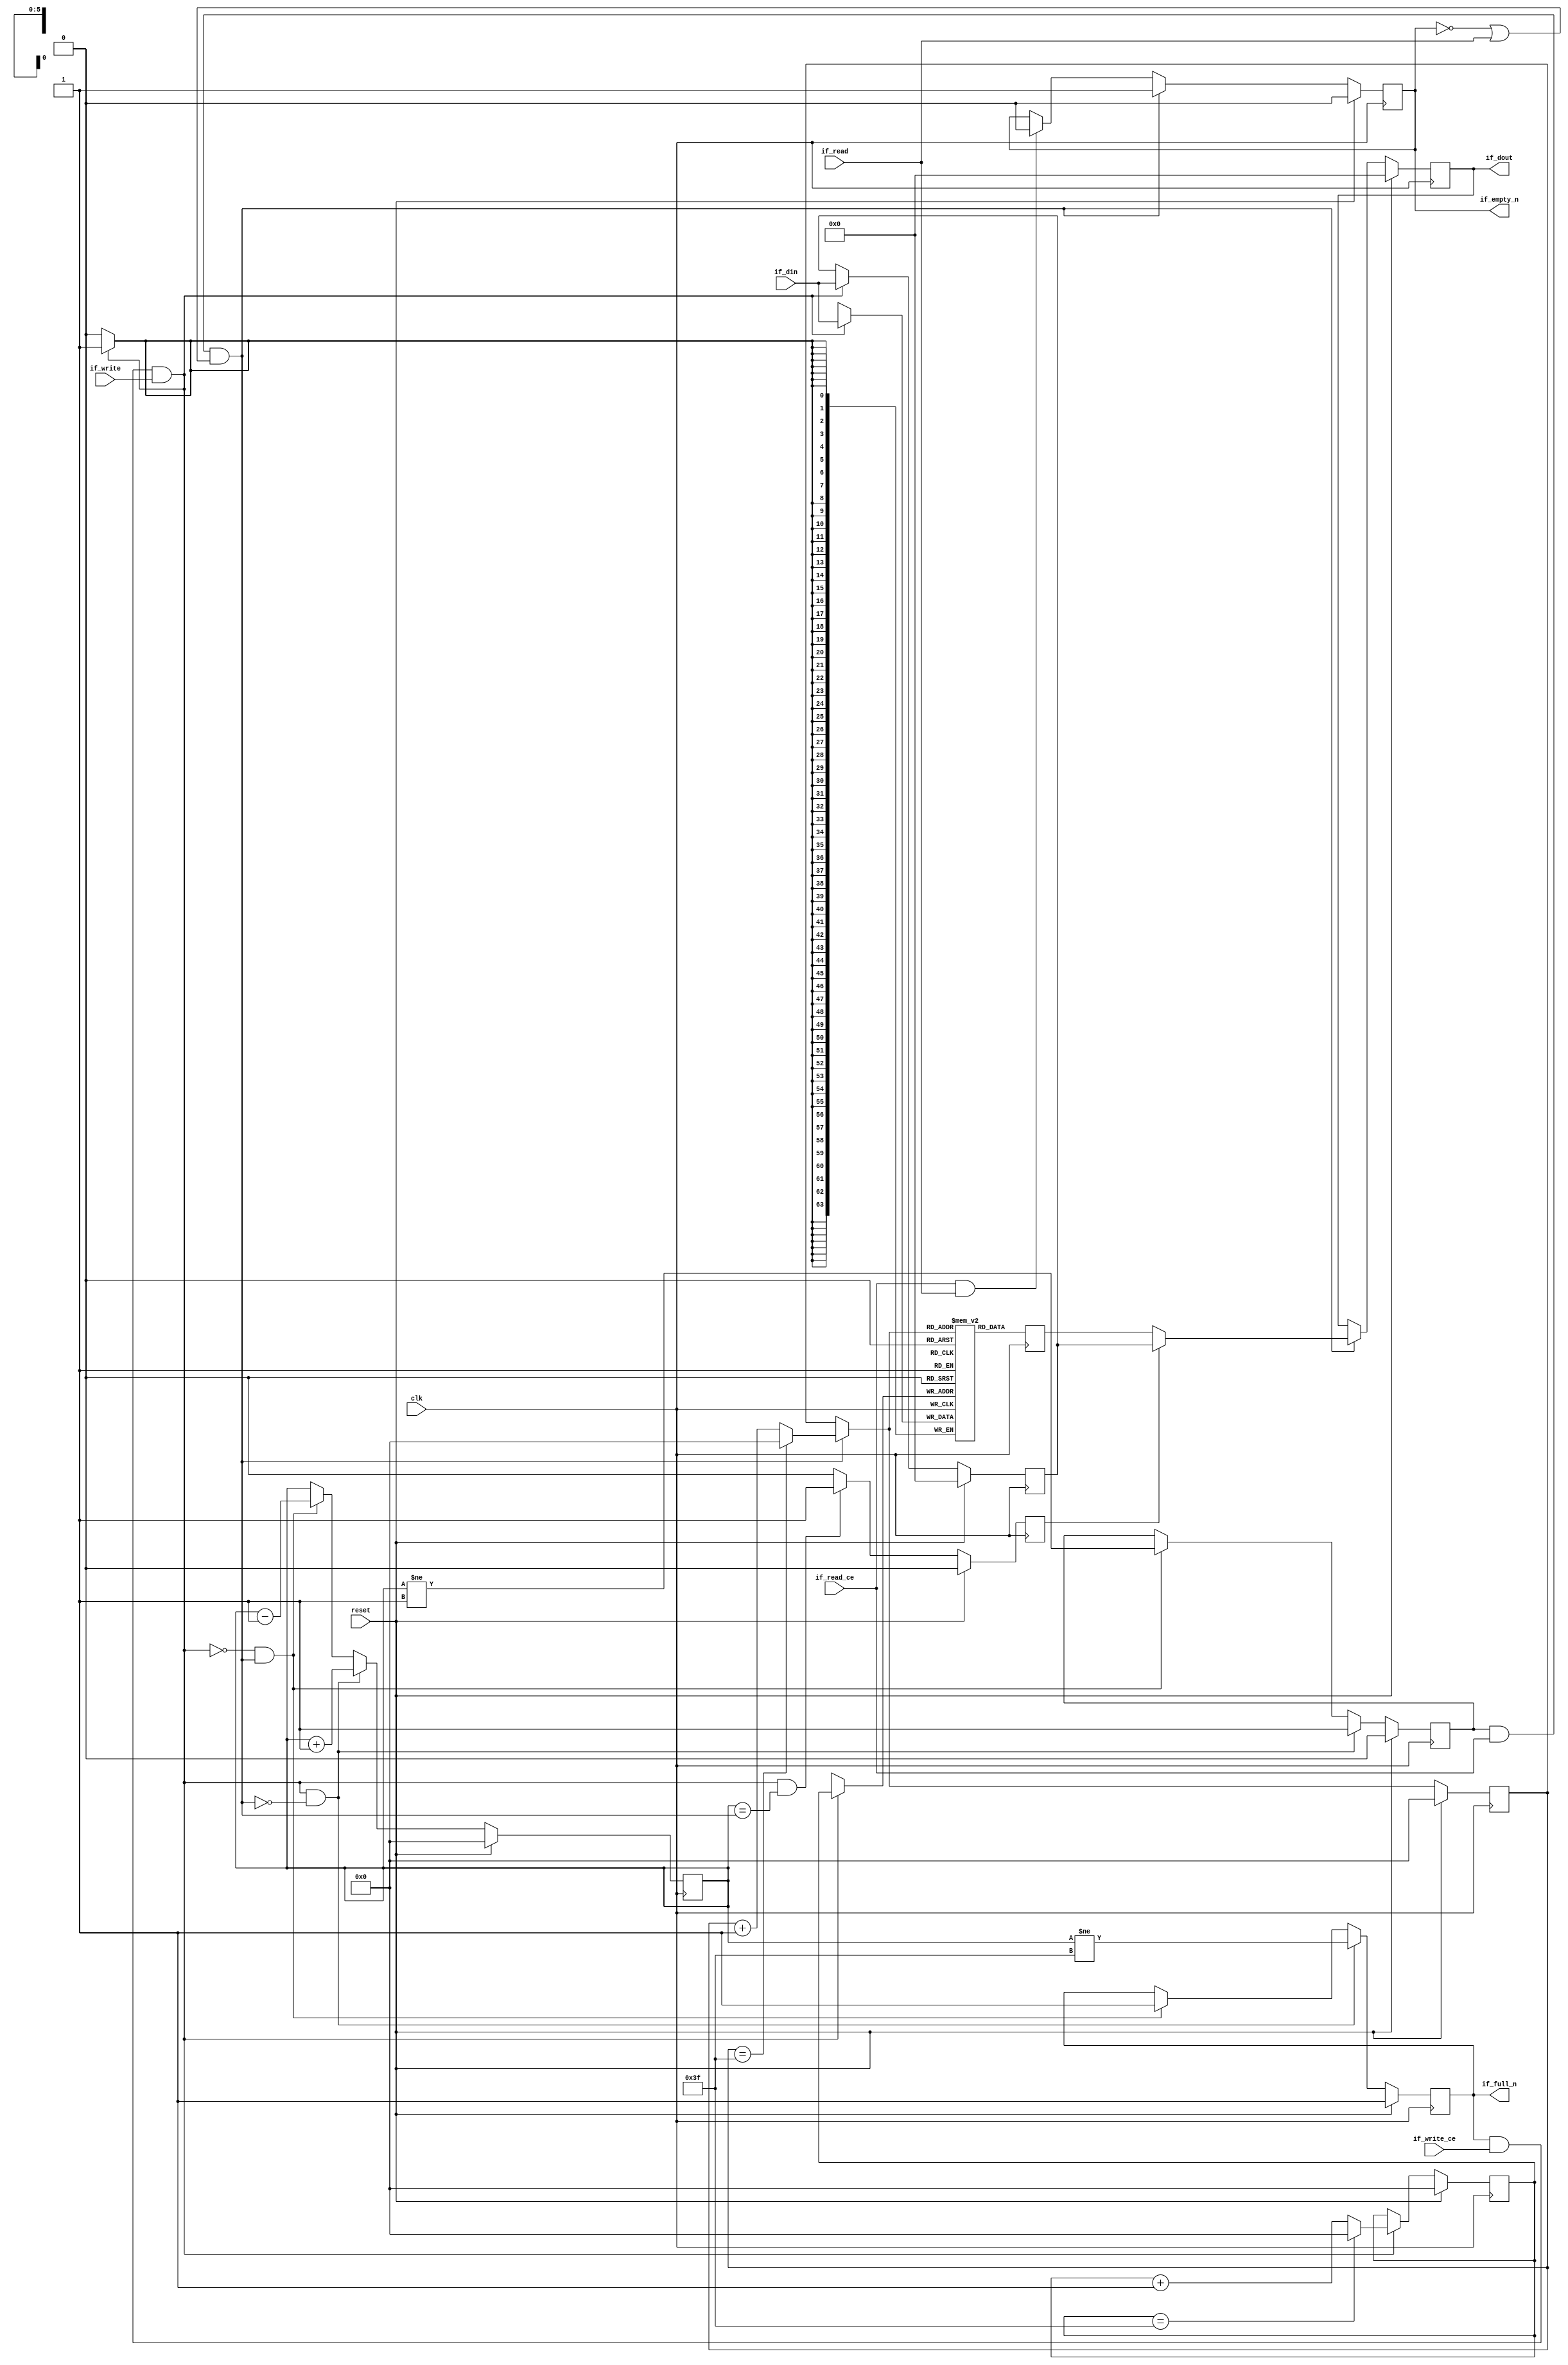
// ==============================================================
// File generated by Vivado(TM) HLS - High-Level Synthesis from C, C++ and SystemC
// Version: 2017.4.op
// Copyright (C) 1986-2018 Xilinx, Inc. All Rights Reserved.
// 
// ==============================================================


`timescale 1ns/1ps

module fifo_w64_d64_A
#(parameter
    MEM_STYLE   = "block",
    DATA_WIDTH  = 64,
    ADDR_WIDTH  = 6,
    DEPTH       = 64
)
(
    // system signal
    input  wire                  clk,
    input  wire                  reset,

    // write
    output wire                  if_full_n,
    input  wire                  if_write_ce,
    input  wire                  if_write,
    input  wire [DATA_WIDTH-1:0] if_din,

    // read
    output wire                  if_empty_n,
    input  wire                  if_read_ce,
    input  wire                  if_read,
    output wire [DATA_WIDTH-1:0] if_dout
);
//------------------------Parameter----------------------

//------------------------Local signal-------------------
(* ram_style = MEM_STYLE *)
reg  [DATA_WIDTH-1:0] mem[0:DEPTH-1];
reg  [DATA_WIDTH-1:0] q_buf = 1'b0;
reg  [ADDR_WIDTH-1:0] waddr = 1'b0;
reg  [ADDR_WIDTH-1:0] raddr = 1'b0;
wire [ADDR_WIDTH-1:0] wnext;
wire [ADDR_WIDTH-1:0] rnext;
wire                  push;
wire                  pop;
reg  [ADDR_WIDTH-1:0] usedw = 1'b0;
reg                   full_n = 1'b1;
reg                   empty_n = 1'b0;
reg  [DATA_WIDTH-1:0] q_tmp = 1'b0;
reg                   show_ahead = 1'b0;
reg  [DATA_WIDTH-1:0] dout_buf = 1'b0;
reg                   dout_valid = 1'b0;


//------------------------Instantiation------------------

//------------------------Task and function--------------

//------------------------Body---------------------------
assign if_full_n  = full_n;
assign if_empty_n = dout_valid;
assign if_dout    = dout_buf;
assign push       = full_n & if_write_ce & if_write;
assign pop        = empty_n & if_read_ce & (~dout_valid | if_read);
assign wnext      = !push                ? waddr :
                    (waddr == DEPTH - 1) ? 1'b0  :
                    waddr + 1'b1;
assign rnext      = !pop                 ? raddr :
                    (raddr == DEPTH - 1) ? 1'b0  :
                    raddr + 1'b1;

// waddr
always @(posedge clk) begin
    if (reset == 1'b1)
        waddr <= 1'b0;
    else
        waddr <= wnext;
end

// raddr
always @(posedge clk) begin
    if (reset == 1'b1)
        raddr <= 1'b0;
    else
        raddr <= rnext;
end

// usedw
always @(posedge clk) begin
    if (reset == 1'b1)
        usedw <= 1'b0;
    else if (push & ~pop)
        usedw <= usedw + 1'b1;
    else if (~push & pop)
        usedw <= usedw - 1'b1;
end

// full_n
always @(posedge clk) begin
    if (reset == 1'b1)
        full_n <= 1'b1;
    else if (push & ~pop)
        full_n <= (usedw != DEPTH - 1);
    else if (~push & pop)
        full_n <= 1'b1;
end

// empty_n
always @(posedge clk) begin
    if (reset == 1'b1)
        empty_n <= 1'b0;
    else if (push & ~pop)
        empty_n <= 1'b1;
    else if (~push & pop)
        empty_n <= (usedw != 1'b1);
end

// mem
always @(posedge clk) begin
    if (push)
        mem[waddr] <= if_din;
end

// q_buf
always @(posedge clk) begin
    q_buf <= mem[rnext];
end

// q_tmp
always @(posedge clk) begin
    if (reset == 1'b1)
        q_tmp <= 1'b0;
    else if (push)
        q_tmp <= if_din;
end

// show_ahead
always @(posedge clk) begin
    if (reset == 1'b1)
        show_ahead <= 1'b0;
    else if (push && usedw == pop)
        show_ahead <= 1'b1;
    else
        show_ahead <= 1'b0;
end

// dout_buf
always @(posedge clk) begin
    if (reset == 1'b1)
        dout_buf <= 1'b0;
    else if (pop)
        dout_buf <= show_ahead? q_tmp : q_buf;
end

// dout_valid
always @(posedge clk) begin
    if (reset == 1'b1)
        dout_valid <= 1'b0;
    else if (pop)
        dout_valid <= 1'b1;
    else if (if_read_ce & if_read)
        dout_valid <= 1'b0;
end

endmodule